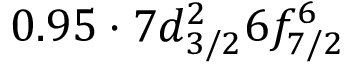
0 . 9 5 \cdot 7 d _ { 3 / 2 } ^ { 2 } 6 f _ { 7 / 2 } ^ { 6 }